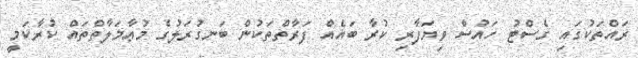
ރައްތަކުގައި ގެސްޓު ހައުސް ވިޔަފާރި ކުރާ ބައެއް ފަރާތްތަކުން ބަނގުރަލުގެ މުޢާމަލާތްތައް ކުރާކަމީ